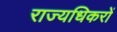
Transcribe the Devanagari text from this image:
राज्यधिकरों